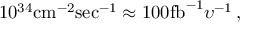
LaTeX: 1 0 ^ { 3 4 } \mathrm { c m } ^ { - 2 } \mathrm { s e c } ^ { - 1 } \approx 1 0 0 \mathrm { f b } ^ { - 1 } \upsilon ^ { - 1 } \, ,